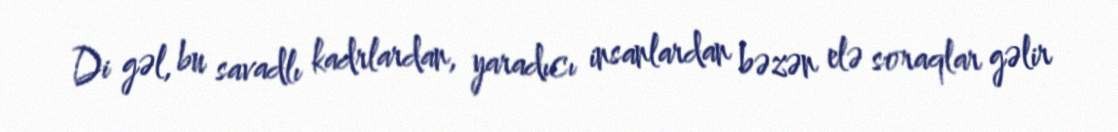
Di gəl, bu savadlı kadrlardan, yaradıcı insanlardan bəzən elə soraqlar gəlir